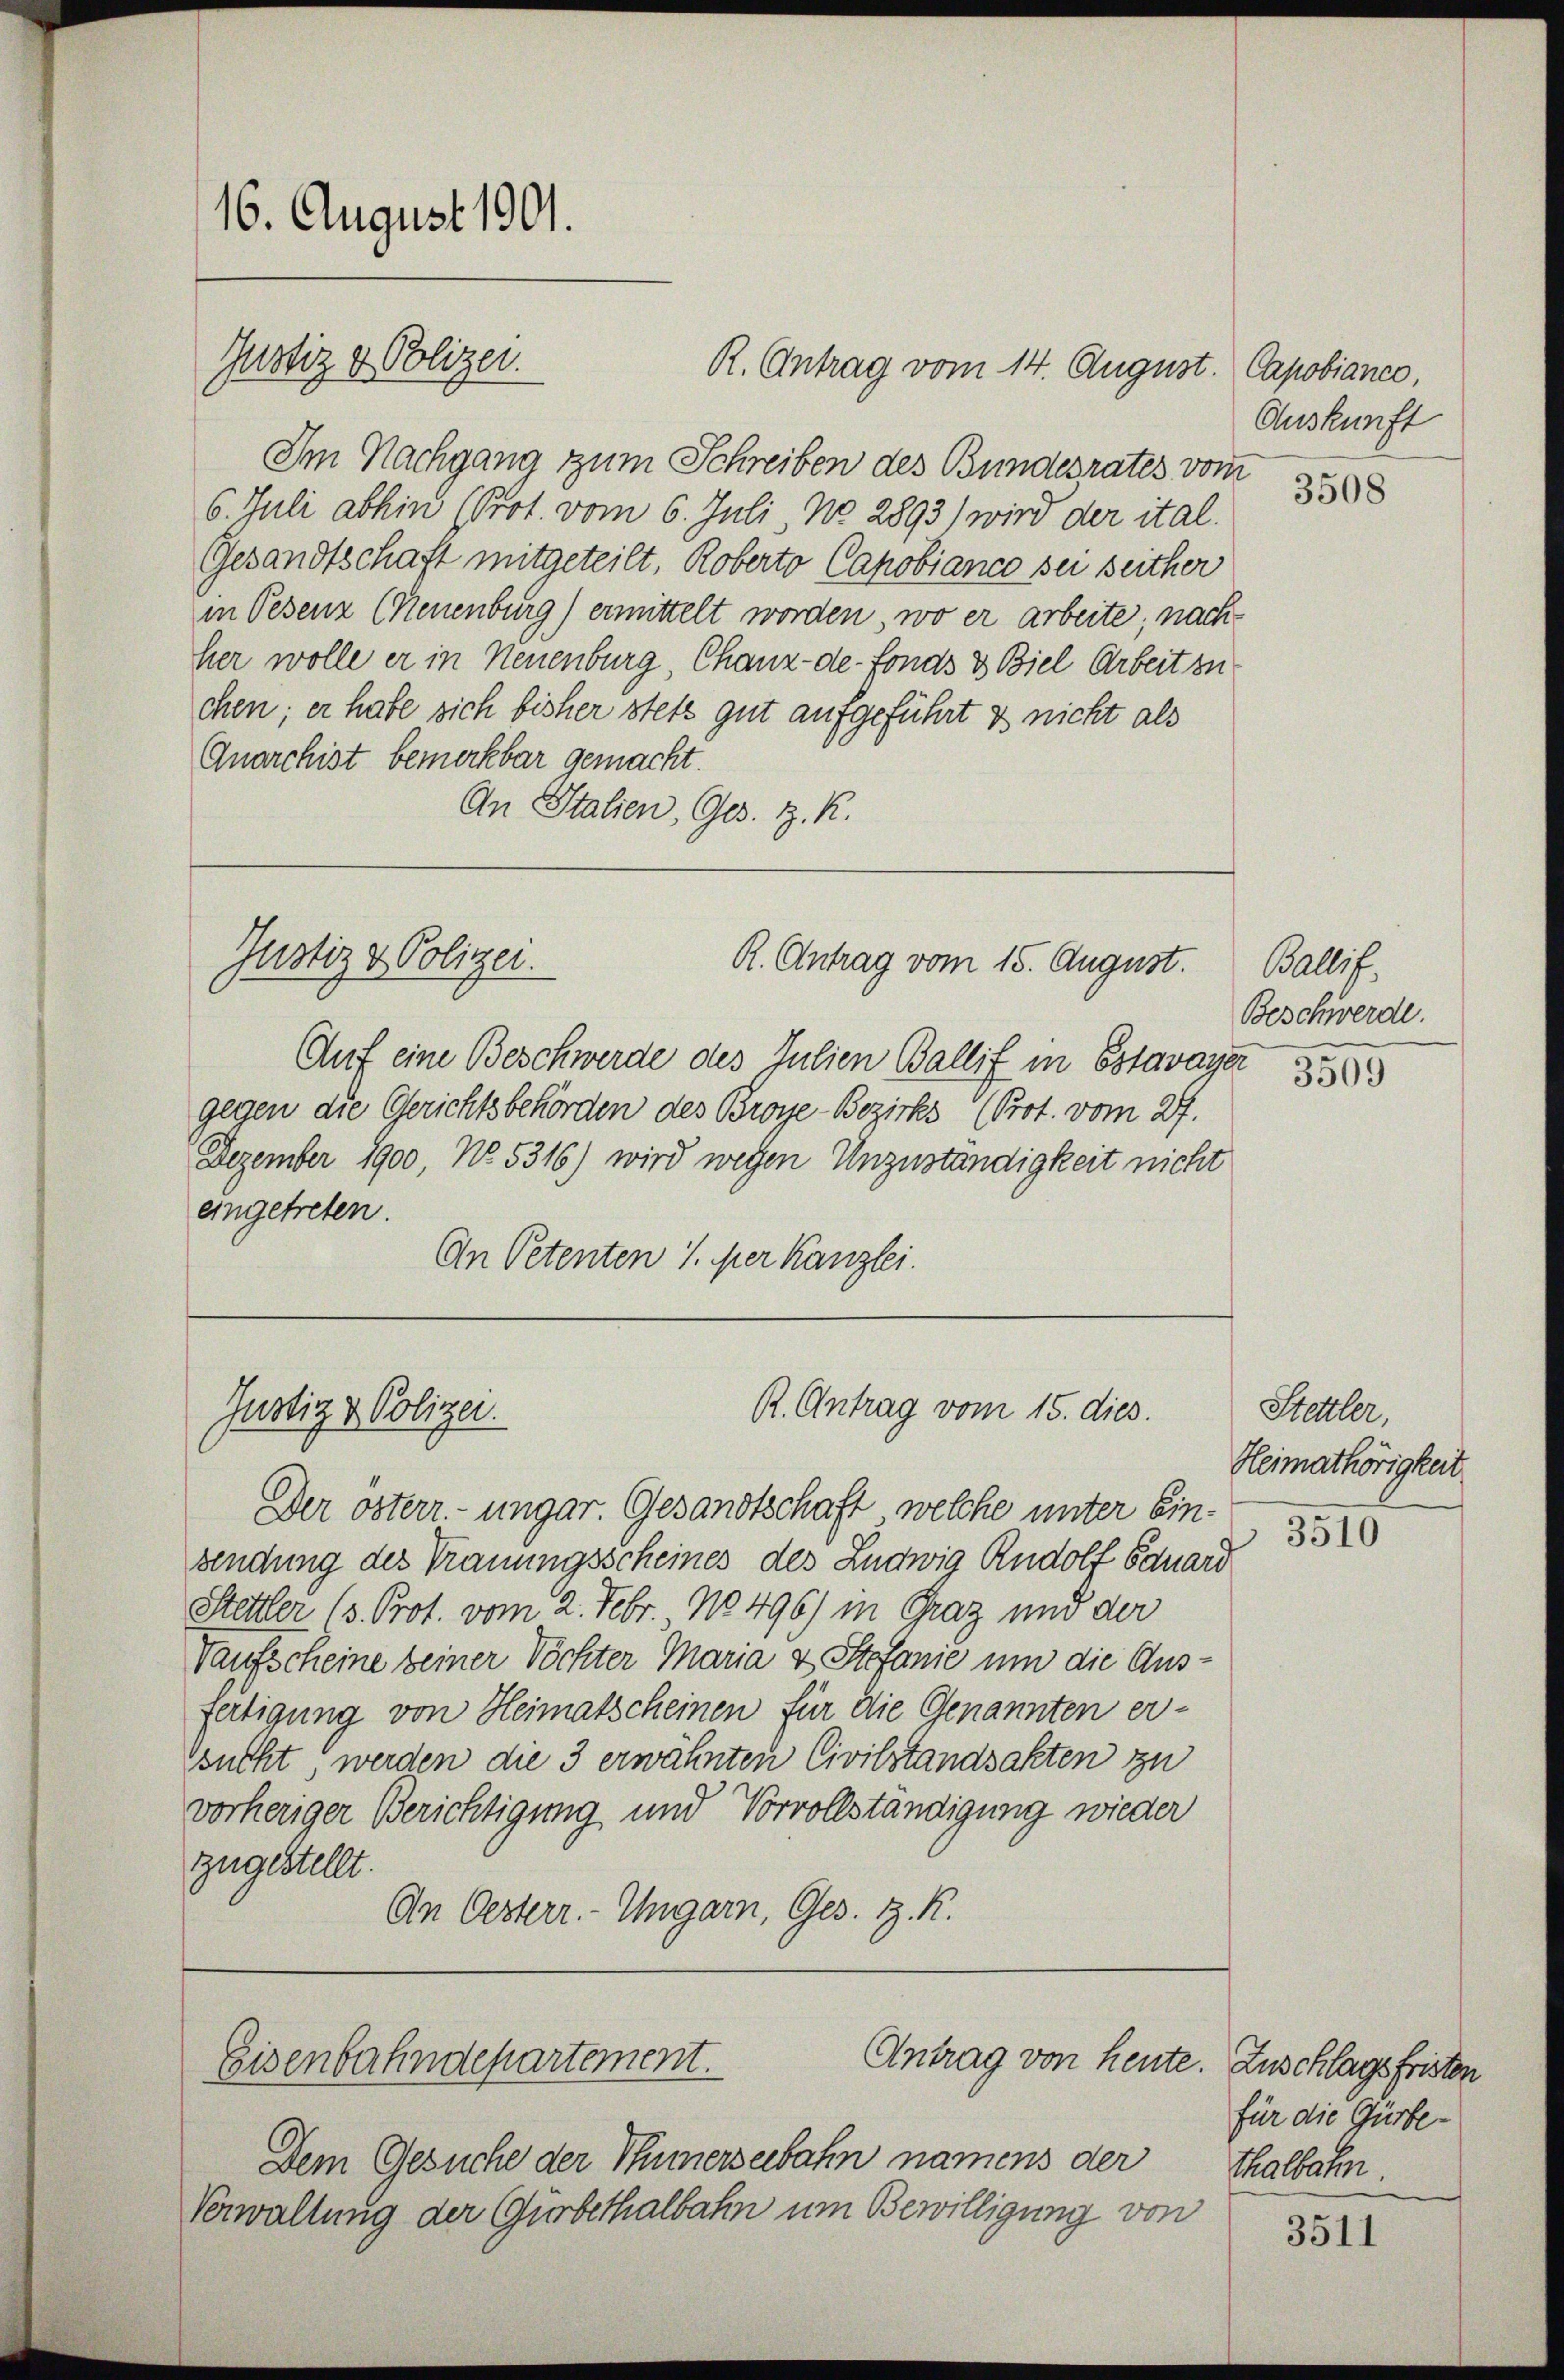
16. August 1901.

R. Antrag vom 14. August. Capobianco,
Im Nachgang zum Schreiben des Bundesrates vom
6. Juli abhin (Prot. vom 6. Juli No 2893) wird der ital.
Gesandtschaft mitgeteilt. Roberto Capobianco sei seither
in Petenz (Neuenburg) ermittelt worden, wo er arbeite, nach
her wolle er in Neuenburg Chaux-de-Fonds 3 Biel Arbeit zu
chen; er habe sich bisher stets gut aufgeführt & nicht als
Qnarchist bemerkbar gemacht.
An Stalien, Ges. z. K.

Justiz & Polizei.

Justiz & Polizei.

Justiz & Polizei.

Eisenbahndepartement.

Auf eine Beschwerde des Julien Ballif in Estavayer
gegen die Gerichtsbehörden des Broye-Bezirks (Prot. vom 27.
Dezember 1900, No. 5316) wird wegen Unzuständigkeit nicht
eingetreten.
An Petenten J. er Kanzlei.

R. Antrag vom 15. August.

R. Antrag vom 15. dies

Der osterr.-ungar. Gesandtschaft, welche unter Einsendung des Trauungsscheines des Ludwig Rudolf Eduard
Stettler (v. Prot. vom 2. Febr. 10496) in Graz und der
Kaufscheine seiner Töchter Maria v. Stefanie um die Ausfertigung von Heimatscheinen für die Genannten er-
sucht werden die 3 erwähnten Civilstandsakten zu
vorheriger Berichtigung und Vorvollständigung wieder
zugestellt.
An Oesterr. - Ungarn, Ges. z. R.

Antrag von heute. Zuschlagsfristen

Dem Gesuche der Thümerseebahn namens der
Verwaltung der Gurbethalbahn um Bewilligung von

Auskunft

3508

Ballif
Beschwerde.

3509

Stettler,
Heimathörigkeit
3510

für die Gürbe¬
Thalbahn

3511